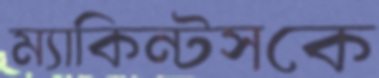
ম্যাকিন্টসকে